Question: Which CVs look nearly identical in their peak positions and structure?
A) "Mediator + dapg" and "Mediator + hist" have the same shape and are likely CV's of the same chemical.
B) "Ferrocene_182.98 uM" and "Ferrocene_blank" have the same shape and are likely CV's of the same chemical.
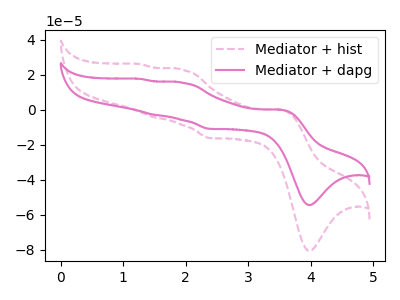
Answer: <think>The pink dashed curve "Mediator + hist" has anodic peaks at (3.50V, -0.05uA) (1.95V, 22.80uA) (1.50V, -4.30uA) (1.25V, 25.95uA) and cathodic peaks at (4.00V, -80.60uA) (2.40V, -16.25uA). The pink curve "Mediator + dapg" has anodic peaks at (3.50V, -0.05uA) (1.95V, 15.40uA) (1.50V, -2.90uA) (1.25V, 17.50uA) and cathodic peaks at (4.00V, -54.45uA) (2.40V, -11.00uA).
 All the peaks in "Mediator + hist" have a peak in "Mediator + dapg" at the same potential.</think>
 <answer>A) "Mediator + dapg" and "Mediator + hist" have the same shape and are likely CV's of the same chemical.</answer>
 <eval>A</eval>